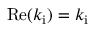
\mathrm { R e } ( k _ { \mathrm { i } } ) = k _ { \mathrm { i } }